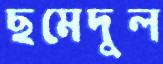
ছমেদুল